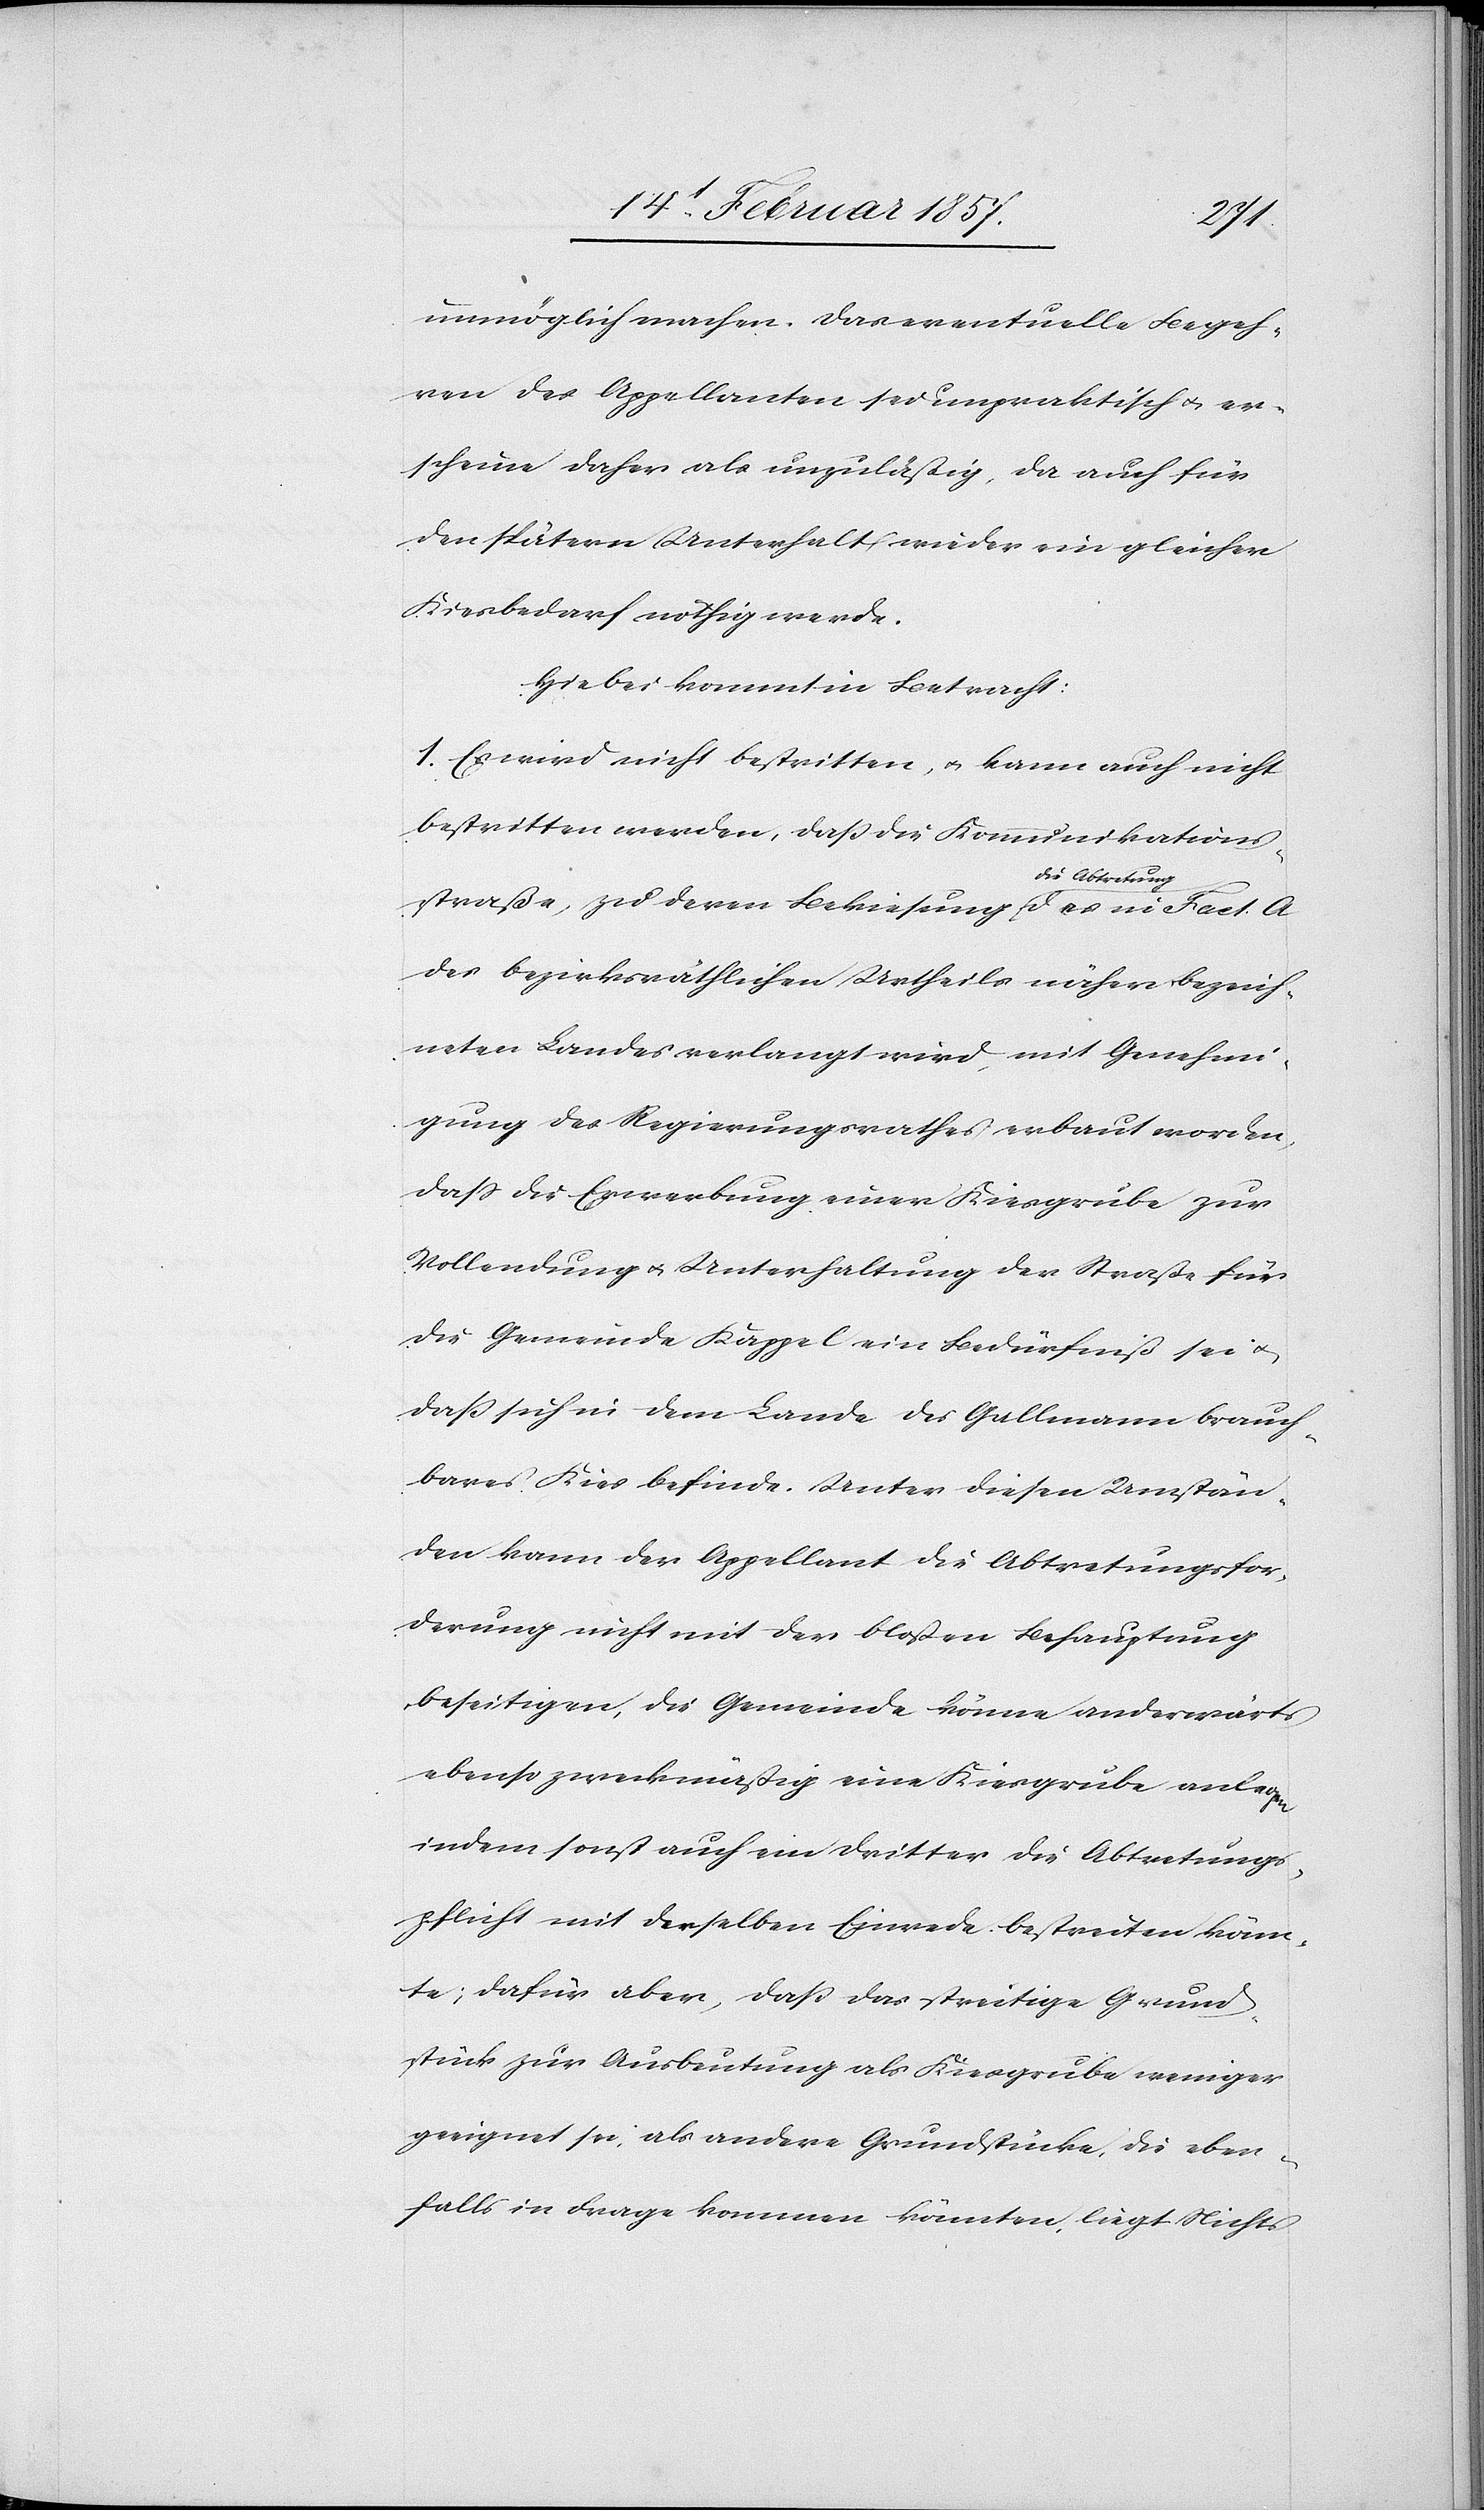
unmöglich machen. Das eventuelle Begeh¬
ren der Appellanten sei unpraktisch u. er¬
scheine daher als unzulässig, da auch für
den spätern Unterhalt wieder ein gleicher
Kiesbedarf nöthig werde.
Hiebei kommt in Betracht:
1. Es wird nicht bestritten, u. kann auch nicht
bestritten werden, daß die Kommunikations¬
straße, zu deren Bekiesung die Abtretung des in Fact. A
des bezirksräthlichen Urtheils näher bezeich¬
neten Landes verlangt wird, mit Genehmi¬
gung des Regierungsrathes erbaut worden,
daß die Erwerbung einer Kiesgrube zur
Vollendung u. Unterhaltung der Straße für
die Gemeinde Kappel ein Bedürfniß sei u.
daß sich in dem Lande des Gallmann brauch¬
bares Kies befinde. Unter diesen Umstän¬
den kann der Appellant die Abtretungsfor¬
derung nicht mit der bloßen Behauptung
beseitigen, die Gemeinde könne anderwärts
ebenso zweckmäßig eine Kiesgrube anlegen
indem sonst auch ein Dritter die Abtretungs¬
pflicht mit derselben Einrede bestreiten könn¬
te; dafür aber, daß das streitige Grund¬
stück zur Ausbeutung als Kiesgrube weniger
geeignet sei, als andere Grundstücke, die eben¬
falls in Frage kommen könnten, liegt Nichts